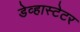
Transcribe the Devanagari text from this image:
डेव्हास्टेटर